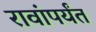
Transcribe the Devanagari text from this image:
रावांपर्यंत